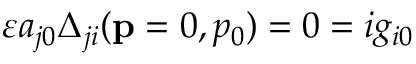
\varepsilon a _ { j 0 } \Delta _ { j i } ( \mathbf { p } = 0 , p _ { 0 } ) = 0 = i g _ { i 0 }